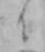
ニ